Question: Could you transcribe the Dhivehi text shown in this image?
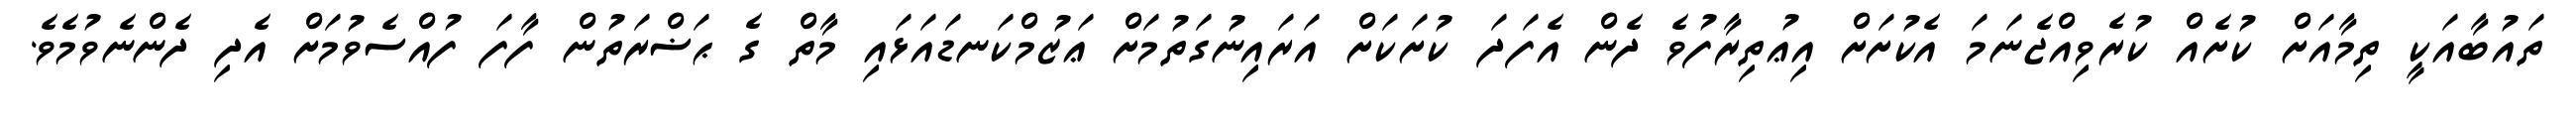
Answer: ތައުބާއަކީ ތިމާއަށް ކުށެއް ކުރެވިއްޖެނަމަ އެކުށަށް އިޢުތިރާފުވެ ދެން އެފަދަ ކުށަކަށް އަރައިނުގަތުމަށް ޢަޒުމްކަނޑައަޅައި މާތް ގެ ޙަޟްރަތުން ފާފަ ފުއްސެވުމަށް އެދި ދެންނެވުމެވެ.